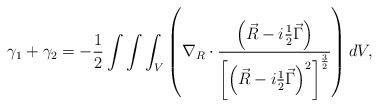
LaTeX: \begin{align*}\gamma _1+\gamma _2=-\frac 12\int \int \int_V\left(\nabla _R\cdot \frac{\left( \vec R-i\frac 12\vec \Gamma \right) }{\left[\left( \vec R-i\frac 12\vec \Gamma \right) ^2\right] ^{\frac 32}}\right) dV,\end{align*}